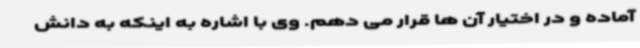
آماده و در اختیار آن ها قرار می دهم. وی با اشاره به اینکه به دانش